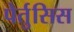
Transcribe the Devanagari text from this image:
पेर्तुसिस